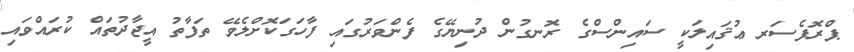
ޕްރޮފެސަރ ޢުޤައިލަކީ ސައިންސްގެ ރޮނގުން ދުނިޔޭގެ ފެންވަރުގައި ފާހަގަކޮށްލެވޭ ތަފާތު އީޖާދުތައް ކުރައްވައި